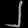
Digit: ၂